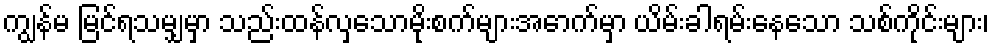
ကျွန်မ မြင်ရသမျှမှာ သည်းထန်လှသောမိုးစက်များအောက်မှာ ယိမ်းခါရမ်းနေသော သစ်ကိုင်းများ၊